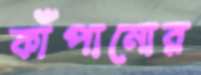
কাঁপানোর